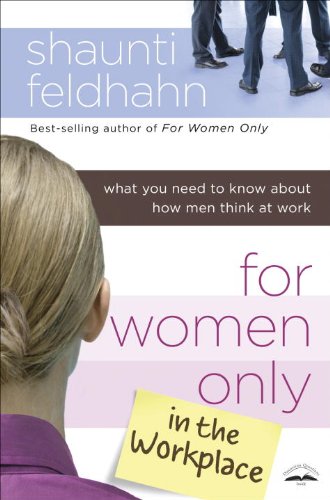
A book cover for For Women Only in the Workplace: What You Need to Know About How Men Think at Work; Shaunti Feldhahn; Health, Fitness & Dieting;